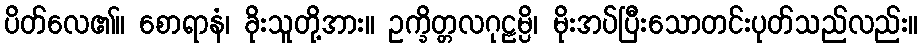
ပိတ်လေ၏။ စောရာနံ၊ ခိုးသူတို့အား။ ဥက္ခိတ္တလဂုဠမ္ပိ၊ မိုးအပ်ပြီးသောတင်းပုတ်သည်လည်း။